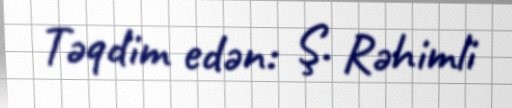
Təqdim edən: Ş. Rəhimli